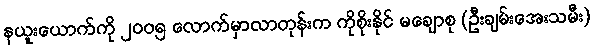
နယူးယောက်ကို ၂၀၀၅ လောက်မှာလာတုန်းက ကိုစိုးနိုင် မချောစု (ဦးချမ်းအေးသမီး)